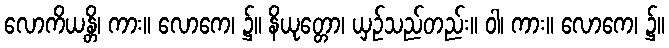
လောကိယန္တိ၊ ကား။ လောကေ၊ ၌။ နိယုတ္တော၊ ယှဉ်သည်တည်း။ ဝါ၊ ကား။ လောကေ၊ ၌။